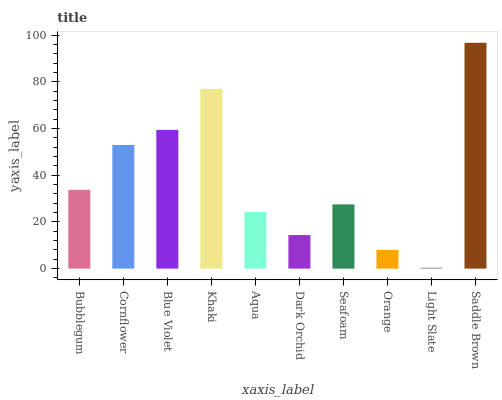
| xaxis_label | bars |
 | --- | --- |
 | Bubblegum | 33.8 |
 | Cornflower | 52.9 |
 | Blue Violet | 59.4 |
 | Khaki | 77 |
 | Aqua | 24.3 |
 | Dark Orchid | 14.4 |
 | Seafoam | 27.5 |
 | Orange | 8.02 |
 | Light Slate | 0.373 |
 | Saddle Brown | 96.7 |